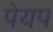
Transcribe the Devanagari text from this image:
पेयप